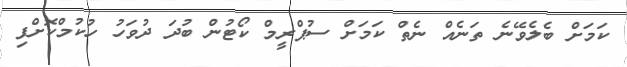
ކަމަށް ބެލެވޭނެ ތަނެއް ނެތް ކަމަށް ސުޕްރީމް ކޯޓުން ބުދަ ދުވަހު ހުކުމްކޮށްފި